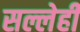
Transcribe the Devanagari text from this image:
सल्लेही